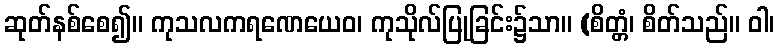
ဆုတ်နစ်စေ၍။ ကုသလကရဏေယေဝ၊ ကုသိုလ်ပြုခြင်း၌သာ။ (စိတ္တံ၊ စိတ်သည်။ ဝါ၊